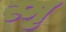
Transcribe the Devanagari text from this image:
स्मृ